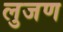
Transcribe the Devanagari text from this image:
लुजण